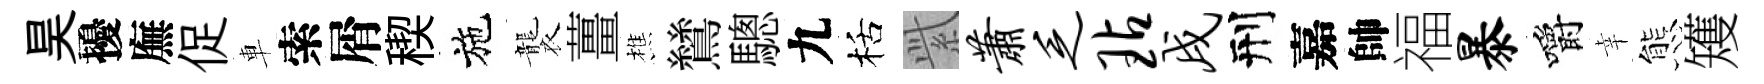
昊擾廡促車索屑稧施襲薑樵鷥驄九栝𬗋萧乏玷戌刑嘉帥福暴嚼幸態矱